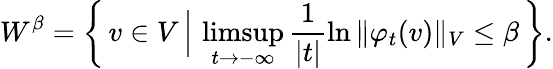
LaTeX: W^{\beta}=\left\{ \, v\in V\, \Big\vert\, \operatorname*{limsup}_{t\to-\infty}\frac{1}{|t|}\ln{\Vert\varphi_{t}(v)\Vert_{V}}\leq\beta\, \right\} .